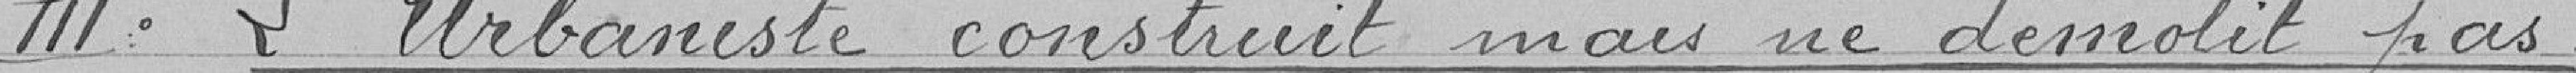
III. L'urbaniste construit mais ne démolit pas